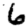
Digit: 6